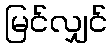
မြင်လျှင်